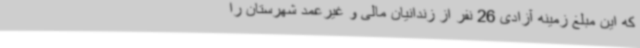
که این مبلغ زمینه آزادی 26 نفر از زندانیان مالی و غیرعمد شهرستان را